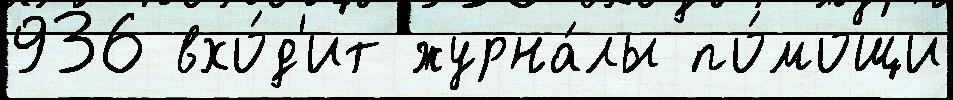
936 вхо́д'ит журна́лы по́мощи